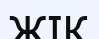
ЖІК